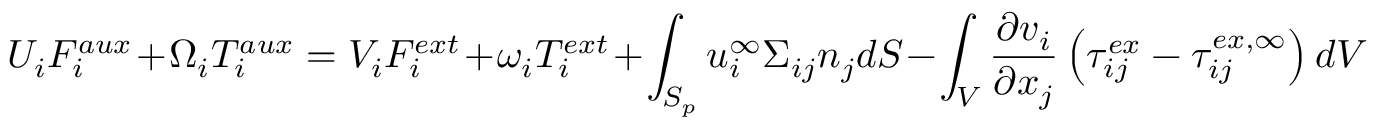
U _ { i } F _ { i } ^ { a u x } + \Omega _ { i } T _ { i } ^ { a u x } = V _ { i } F _ { i } ^ { e x t } + \omega _ { i } T _ { i } ^ { e x t } + \int _ { S _ { p } } u _ { i } ^ { \infty } \Sigma _ { i j } n _ { j } d S - \int _ { V } \frac { \partial v _ { i } } { \partial x _ { j } } \left( \tau _ { i j } ^ { e x } - \tau _ { i j } ^ { e x , \infty } \right) d V